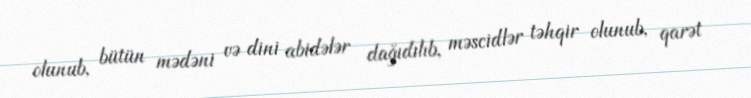
olunub, bütün mədəni və dini abidələr dağıdılıb, məscidlər təhqir olunub, qarət